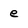
Character: e